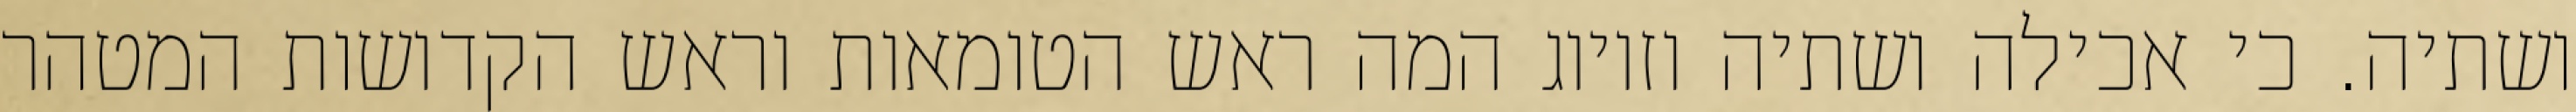
ושתיה. כי אכילה ושתיה וזיווג המה ראש הטומאות וראש הקדושות המטהר